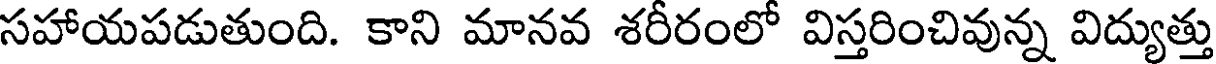
సహాయపడుతుంది. కాని మానవ శరీరంలో విస్తరించివున్న విద్యుత్తు